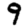
Digit: 9